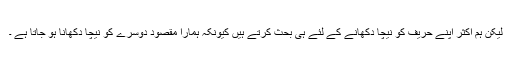
لیکن ہم اکثر اپنے حریف کو نیچا دکھانے کے لئے ہی بحث کرتے ہیں کیونکہ ہمارا مقصود دوسرے کو نیچا دکھانا ہو جاتا ہے ۔